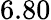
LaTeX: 6.80